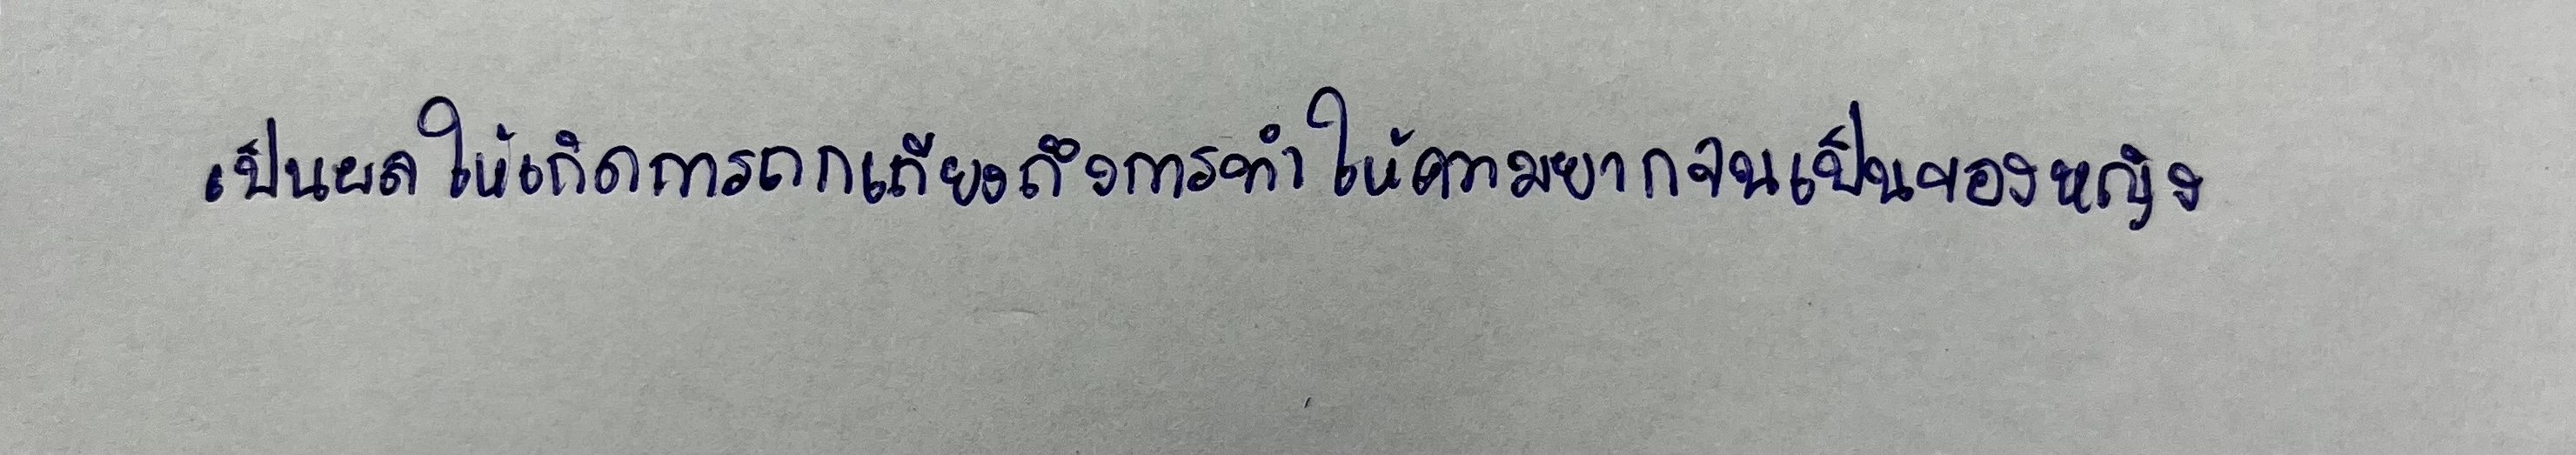
เป็นผลให้เกิดการถกเถียงถึงการทำให้ความยากจนเป็นของหญิง